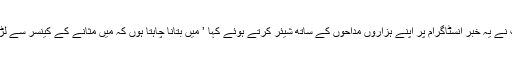
سپر اسٹار بریٹ نے یہ خبر انسٹاگرام پر اپنے ہزاروں مداحوں کے ساتھ شیئر کرتے ہوئے کہا ’ میں بتانا چاہتا ہوں کہ میں مثانے کے کینسر سے لڑائی لڑ رہا ہوں‘۔